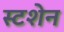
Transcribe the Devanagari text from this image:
स्टशेन